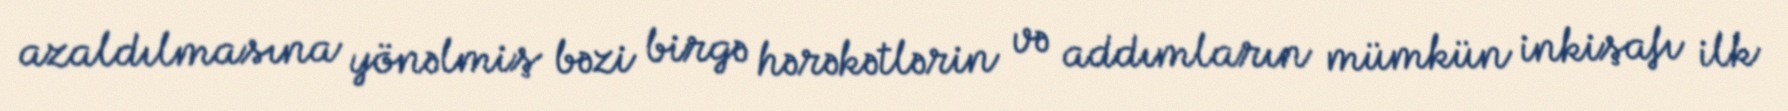
azaldılmasına yönəlmiş bəzi birgə hərəkətlərin və addımların mümkün inkişafı ilk